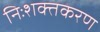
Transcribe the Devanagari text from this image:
निःशक्तकरण